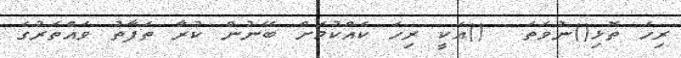
ރިހަ ތޮޅި()ނުވަތަ  ()އަކީ ރިހަ ކެއްކުމަށް ބޭނުން ކުރާ ތަފާތު ވައްތަރުގެ